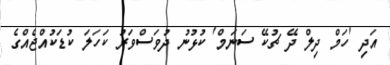
އަދި 'ހަމް ދިލް ދޭ ޗުކޭ ސަނަމް' ކުޅުނު ދުވަސްވަރު ކަހަލަ ކުޑަކުއްޖެއްގެ